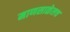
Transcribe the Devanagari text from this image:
माणसाळेलच